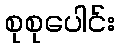
စုစုပေါင်း